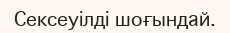
Сексеуілді шоғындай.